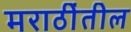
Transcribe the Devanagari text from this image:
मराठींतील